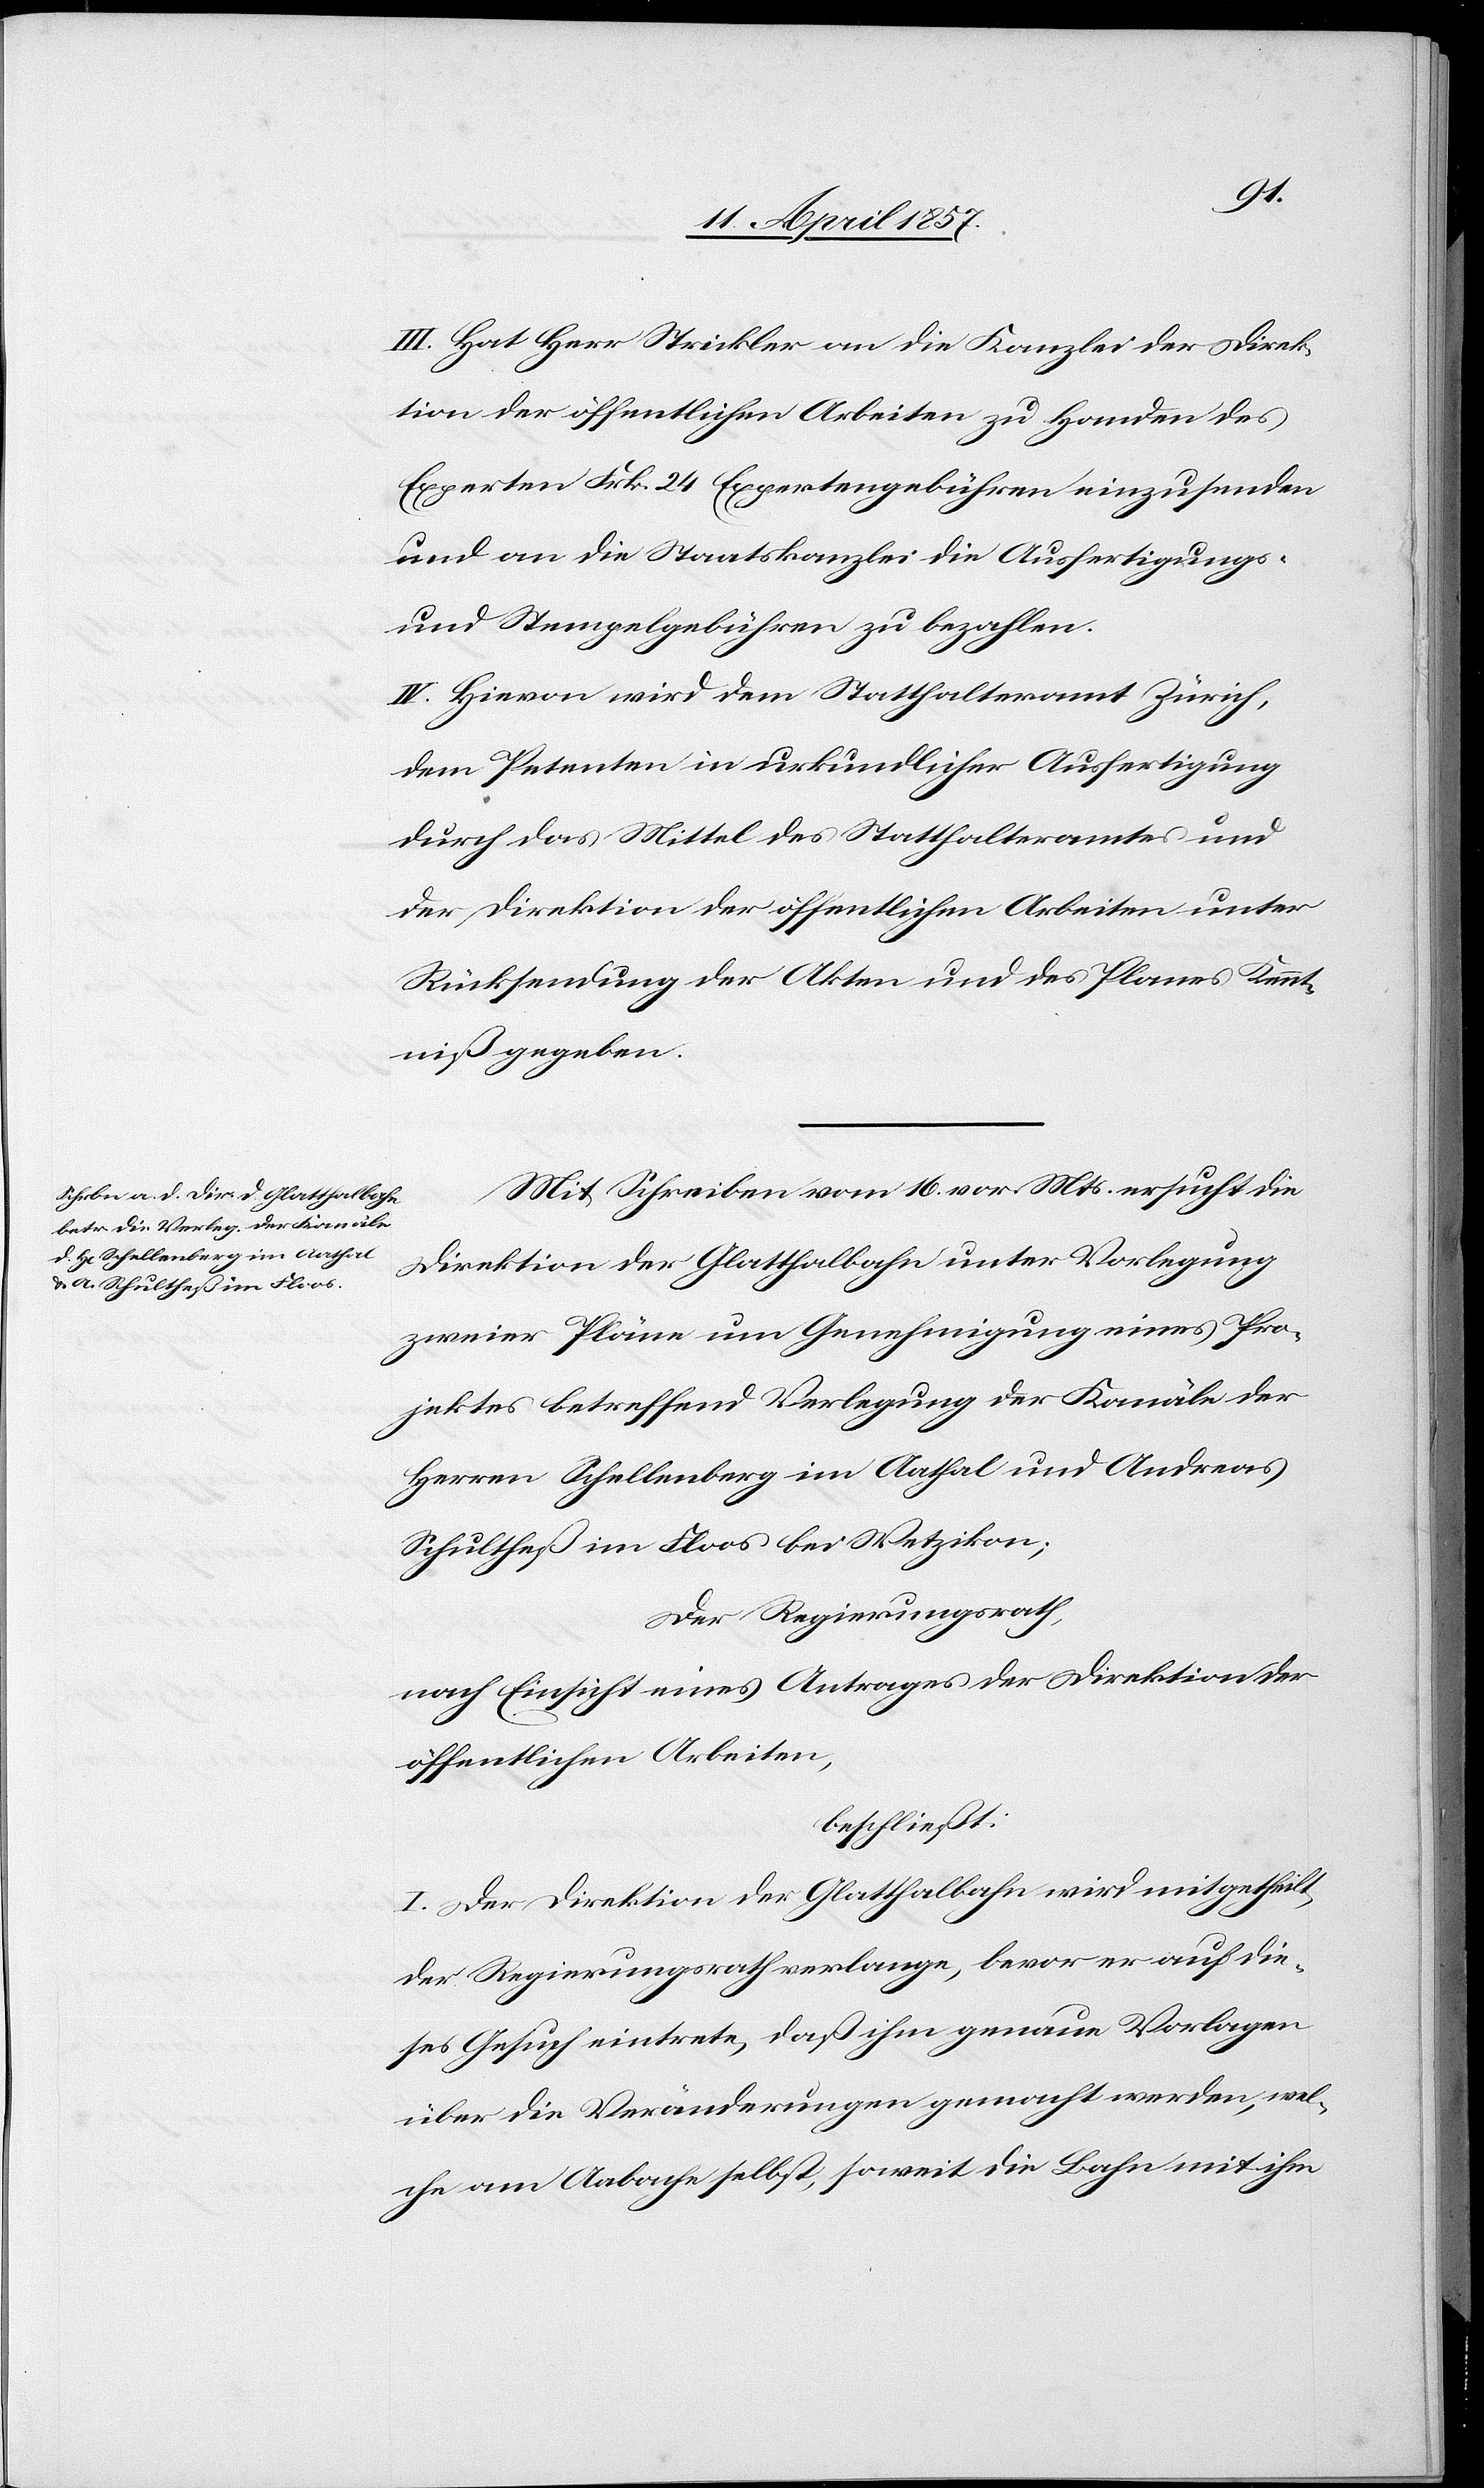
III. Hat Herr Strickler an die Kanzlei der Direk¬
tion der öffentlichen Arbeiten zu Handen des
Experten Frk. 24 Expertengebühren einzusenden
und an die Staatskanzlei die Ausfertigungs-
und Stempelgebühren zu bezahlen.
IV. Hievon wird dem Statthalteramt Zürich,
dem Petenten in urkundlicher Ausfertigung
durch das Mittel des Statthalteramtes und
der Direktion der öffentlichen Arbeiten unter
Rücksendung der Akten und des Planes Kennt¬
niß gegeben.
Mit Schreiben vom 16. vor. Mts. ersucht die
Direktion der Glatthalbahn unter Vorlegung
zweier Pläne um Genehmigung eines Pro¬
jektes betreffend Verlegung der Kanäle der
Herren Schellenberg im Aathal und Andreas
Schultheß im Floos bei Wetzikon;
Der Regierungsrath,
nach Einsicht eines Antrages der Direktion der
öffentlichen Arbeiten,
beschließt:
I. Der Direktion der Glatthalbahn wird mitgetheilt,
der Regierungsrath verlange, bevor er auf die¬
ses Gesuch eintrete, daß ihm genaue Vorlagen
über die Veränderungen gemacht werden, wel¬
che am Aabache selbst, soweit die Bahn mit ihm